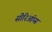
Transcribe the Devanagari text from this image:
सीरिऑप्स